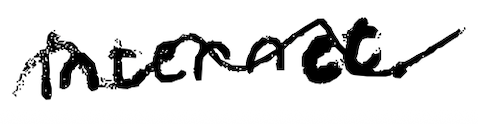
Text: internet.
Cross-out: wave
Writing tool: digital_black